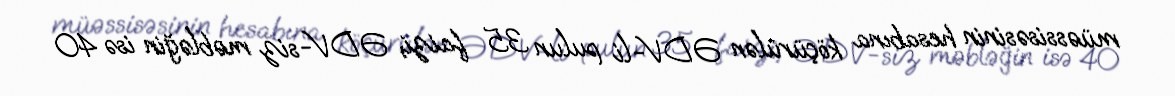
müəssisəsinin hesabına köçürülən ƏDV-li pulun 35 faizi, ƏDV-siz məbləğin isə 40